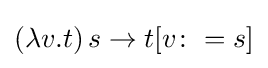
(\lambda v.t)\,s\rightarrow t[v\colon =s]